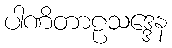
ပါဏိတာဠသဒ္ဒေန